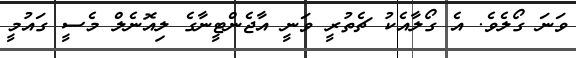
ވަނަ ގޯލެވެ. އެ ގޯލާއެކު ޗެތުރީ ވަނީ އާޖެންޓީނާގެ ލިއޮނެލް މެސީ ގައުމީ